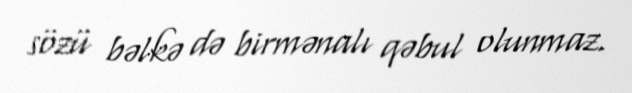
sözü bəlkə də birmənalı qəbul olunmaz.